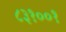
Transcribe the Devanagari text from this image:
८३१००१